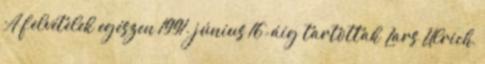
A felvételek egészen 1991. június 16-áig tartottak Lars Ulrich,